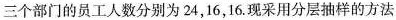
三个部门的员工人数分别为24，16，16.现采用分层抽样的方法